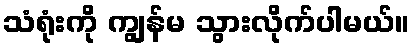
သံရုံးကို ကျွန်မ သွားလိုက်ပါမယ်။